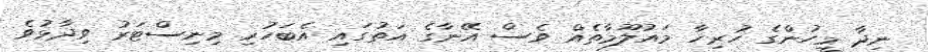
ނިދާ މީހުންގެ ހުރިހާ މައުލޫމާތެއް ވެސް އޭނާގެ އަތުގައި އެބަހުރި މިނިސްޓަރު ވިދާޅުވެ